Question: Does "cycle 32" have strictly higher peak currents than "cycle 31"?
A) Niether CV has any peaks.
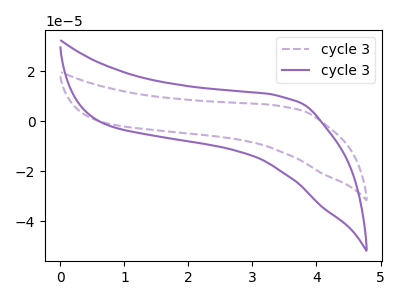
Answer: <think>The purple dashed curve "cycle 31" has no peaks. The purple curve "cycle 32" has no peaks.</think>
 <answer>A) Niether CV has any peaks.</answer>
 <eval>A</eval>